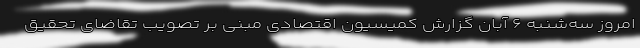
امروز سه‌شنبه ۶ آبان گزارش کمیسیون اقتصادی مبنی بر تصویب تقاضای تحقیق